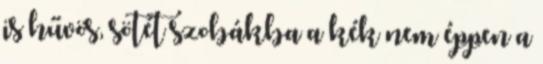
is hűvös, sötét szobákba a kék nem éppen a